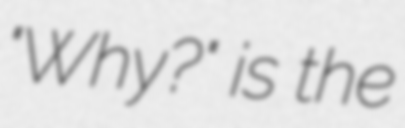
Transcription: "Why?" is the